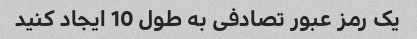
یک رمز عبور تصادفی به طول 10 ایجاد کنید